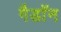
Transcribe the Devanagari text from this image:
गैडाॅन